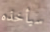
سيأخذه